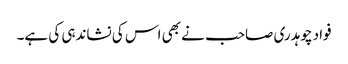
فواد چوہدری صاحب نے بھی اس کی نشاندہی کی ہے۔